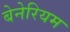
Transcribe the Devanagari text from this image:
बेनेरियम